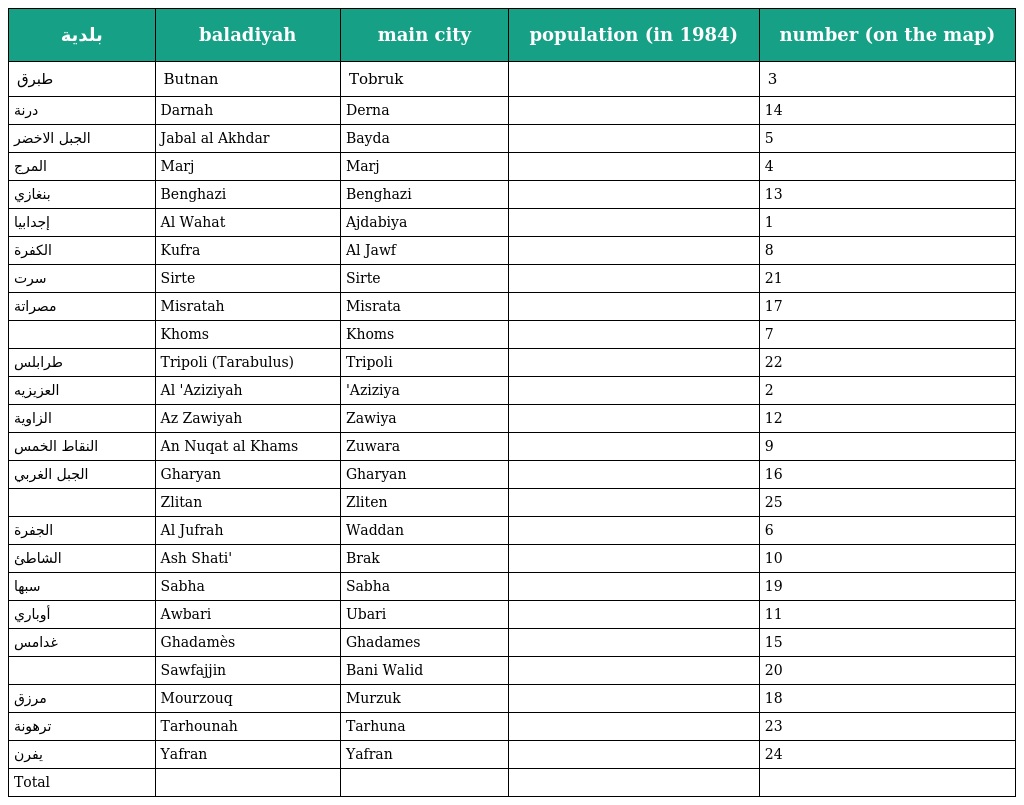
| بلدية | baladiyah | main city | population (in 1984) | number (on the map) |
 | --- | --- | --- | --- | --- |
 | طبرق | Butnan | Tobruk |  | 3 |
 | درنة | Darnah | Derna |  | 14 |
 | الجبل الاخضر | Jabal al Akhdar | Bayda |  | 5 |
 | المرج | Marj | Marj |  | 4 |
 | بنغازي | Benghazi | Benghazi |  | 13 |
 | إجدابيا | Al Wahat | Ajdabiya |  | 1 |
 | الكفرة | Kufra | Al Jawf |  | 8 |
 | سرت | Sirte | Sirte |  | 21 |
 | مصراتة | Misratah | Misrata |  | 17 |
 |  | Khoms | Khoms |  | 7 |
 | طرابلس | Tripoli (Tarabulus) | Tripoli |  | 22 |
 | العزيزيه | Al 'Aziziyah | 'Aziziya |  | 2 |
 | الزاوية | Az Zawiyah | Zawiya |  | 12 |
 | النقاط الخمس | An Nuqat al Khams | Zuwara |  | 9 |
 | الجبل الغربي | Gharyan | Gharyan |  | 16 |
 |  | Zlitan | Zliten |  | 25 |
 | الجفرة | Al Jufrah | Waddan |  | 6 |
 | الشاطئ | Ash Shati' | Brak |  | 10 |
 | سبها | Sabha | Sabha |  | 19 |
 | أوباري | Awbari | Ubari |  | 11 |
 | غدامس | Ghadamès | Ghadames |  | 15 |
 |  | Sawfajjin | Bani Walid |  | 20 |
 | مرزق | Mourzouq | Murzuk |  | 18 |
 | ترهونة | Tarhounah | Tarhuna |  | 23 |
 | يفرن | Yafran | Yafran |  | 24 |
 | Total |  |  |  |  |